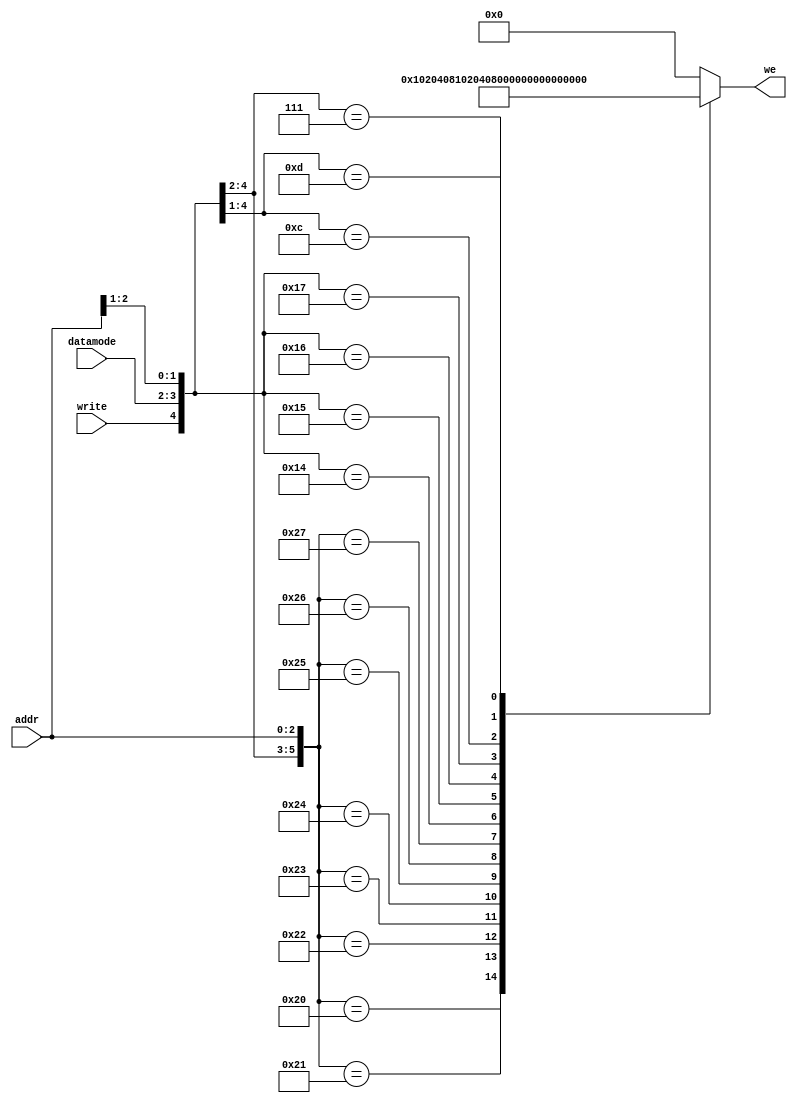
module memory_writemask(/*AUTOARG*/
   // Outputs
   we,
   // Inputs
   write, datamode, addr
   );

   input         write;   
   input [1:0]   datamode;   
   input [2:0]   addr;
   output [7:0]  we;

   reg [7:0] 	 we;

   //Write mask
   always@*
     casez({write, datamode[1:0],addr[2:0]})
       //Byte
       6'b100000 : we[7:0] = 8'b00000001;
       6'b100001 : we[7:0] = 8'b00000010;
       6'b100010 : we[7:0] = 8'b00000100;
       6'b100011 : we[7:0] = 8'b00001000;
       6'b100100 : we[7:0] = 8'b00010000;
       6'b100101 : we[7:0] = 8'b00100000;
       6'b100110 : we[7:0] = 8'b01000000;
       6'b100111 : we[7:0] = 8'b10000000;
       //Short
       6'b10100? : we[7:0] = 8'b00000011;
       6'b10101? : we[7:0] = 8'b00001100;
       6'b10110? : we[7:0] = 8'b00110000;
       6'b10111? : we[7:0] = 8'b11000000;
       //Word
       6'b1100?? : we[7:0] = 8'b00001111;
       6'b1101?? : we[7:0] = 8'b11110000;       
       //Double
       6'b111??? : we[7:0] = 8'b11111111;
       default   : we[7:0] = 8'b00000000;
     endcase // casez ({write, datamode[1:0],addr[2:0]})
   

endmodule